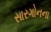
સારગોનના